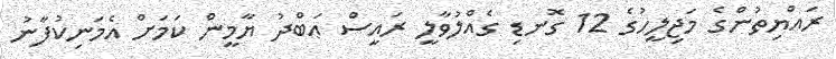
ރައްޔިތުންގެ މަޖިލީހުގެ 12 ގޮނޑި ގެއްލުވާލީ ރައީސް ޢަބްދު ޔާމީން ކަމަށް އެމަނިކުފާނު